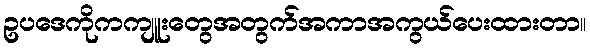
ဥပဒေကိုကကျူးတွေအတွက်အကာအကွယ်ပေးထားတာ။